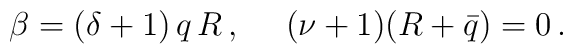
\beta =(\delta +1)\,q\,R\,, \ \ \ \ (\nu +1)(R+\bar{q})=0\,.